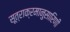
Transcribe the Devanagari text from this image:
सूत्राक्रमानुसारिणी